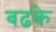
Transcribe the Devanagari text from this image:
बढके